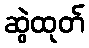
ဆွဲထုတ်